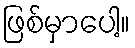
ဖြစ်မှာပေါ့။